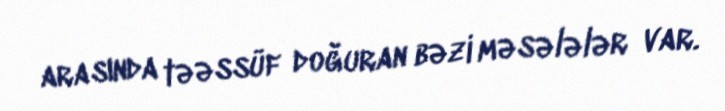
arasında təəssüf doğuran bəzi məsələlər var.